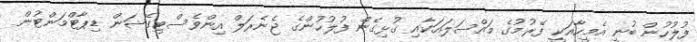
ފުލުހުން ބުނީ އެމީހާއަކީ ފޭރުމުގެ މައްސަލައަކާއި ގުޅިގެން ފުލުހުންގެ ޖެނެރަލް އިންވެސްޓިގޭޝަން ޑިޕާޓްމަންޓުން